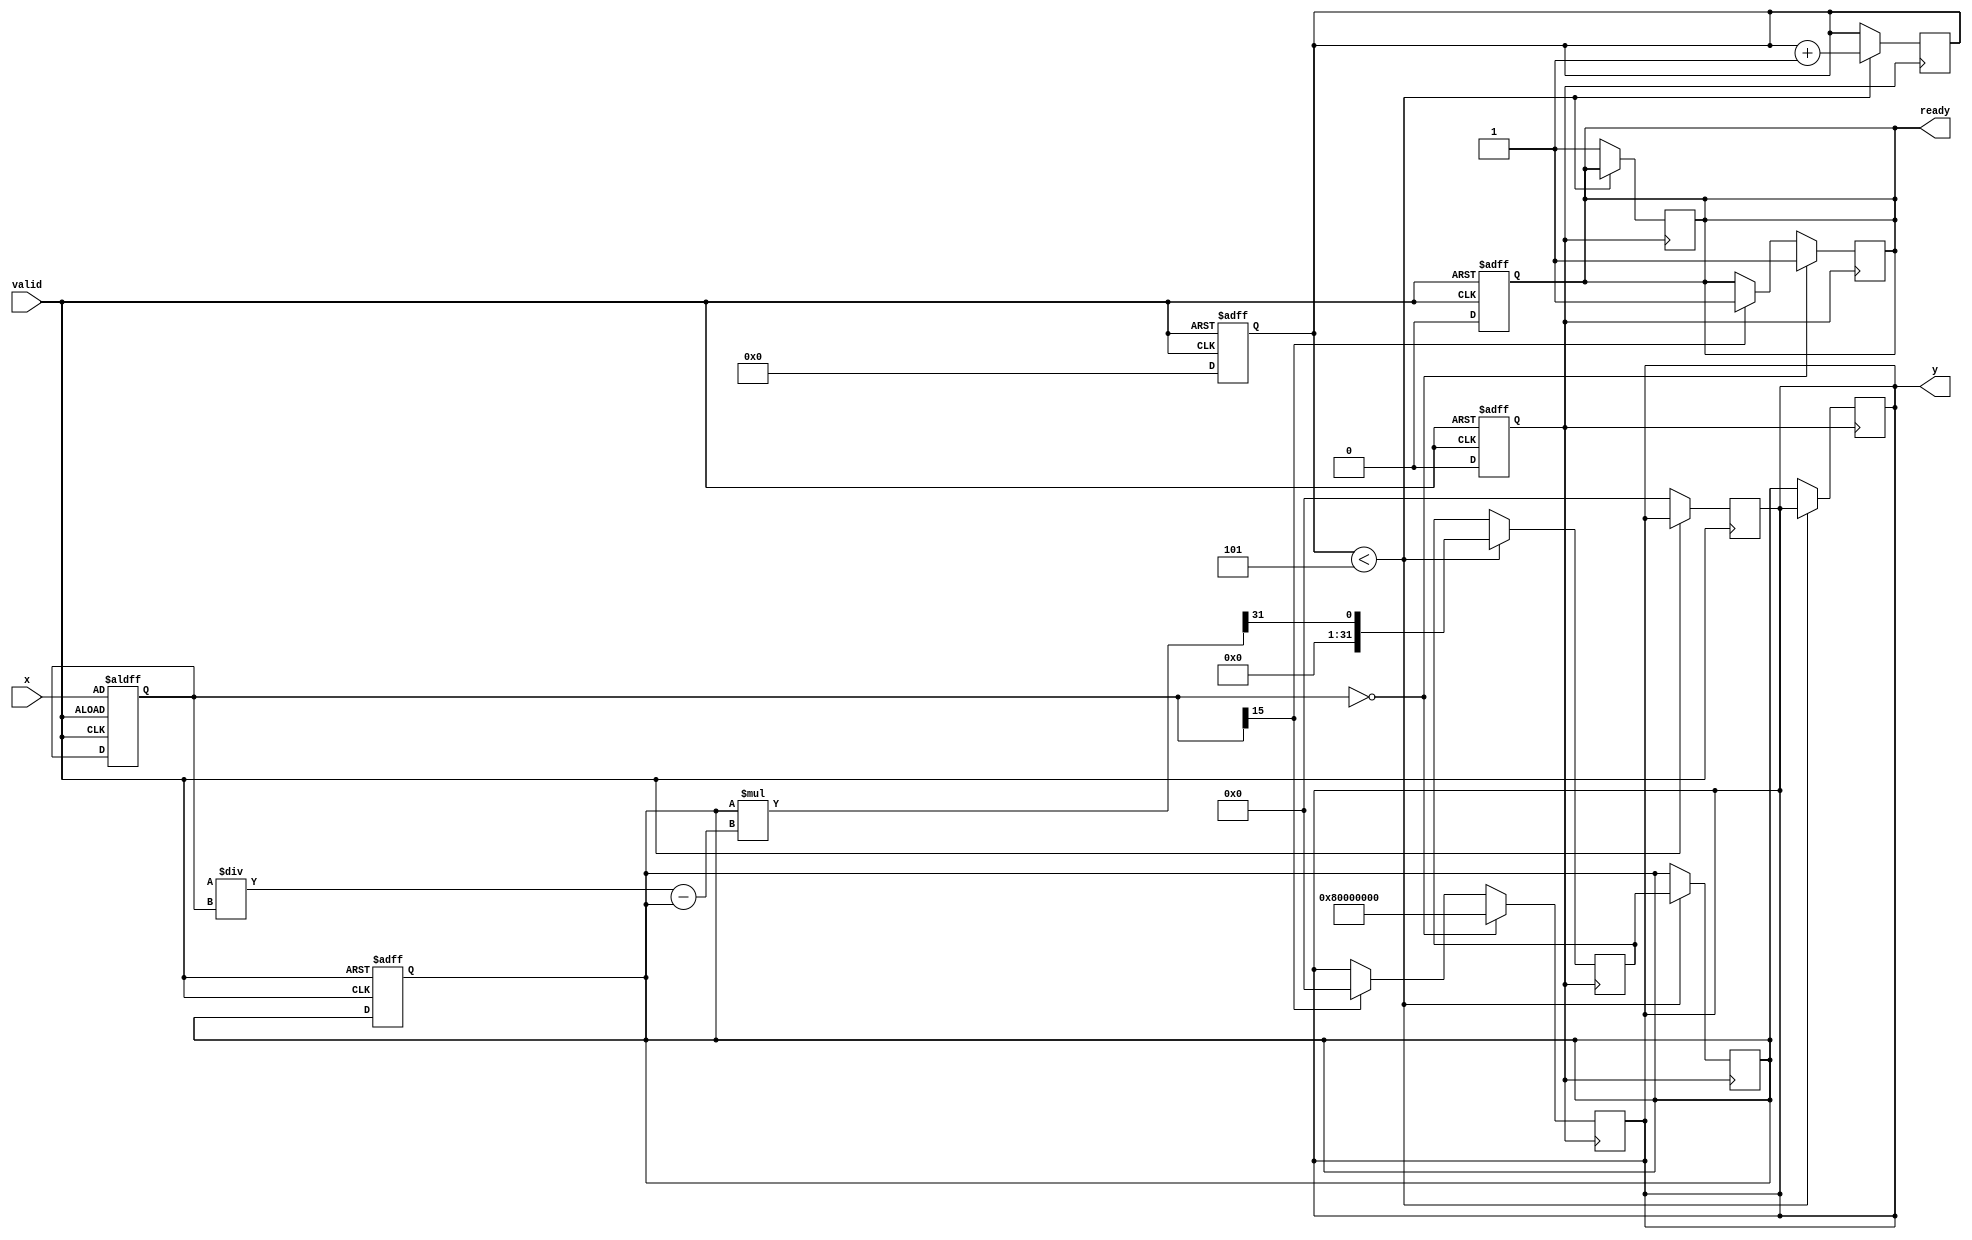
module FixedPointReciprocal #(
    parameter N = 16, // Input width
    parameter M = 32  // Output width
)(
    input wire [N-1:0] x,      // Fixed-point input value
    input wire valid,           // Valid signal
    output reg [M-1:0] y,      // Reciprocal output
    output reg ready            // Output ready signal
);

    // Internal parameters
    localparam MAX_ITER = 5;   // Maximum iterations for Newton-Raphson
    localparam SIGN_BIT = N-1;  // Sign bit position
    localparam FRACTIONAL_BITS = N-1; // Number of fractional bits in input

    // Internal signals
    reg [N-1:0] x_reg;
    reg [M-1:0] approx;         // Approximation of reciprocal
    reg [M-1:0] approx_next;    // Next approximation
    reg [3:0] iter_count;       // Iteration counter
    reg valid_reg;

    // State machine for processing
    always @(posedge valid or negedge valid) begin
        if (!valid) begin
            ready <= 0;
            y <= 0;
            iter_count <= 0;
            valid_reg <= 0;
        end else begin
            x_reg <= x;
            valid_reg <= 1;
            iter_count <= 0;
            approx <= (1 << (M-1)); // Initial approximation: 2^(M-1)
            ready <= 0; // Reset ready signal
        end
    end

    // Newton-Raphson iteration for reciprocal calculation
    always @(posedge valid_reg) begin
        if (iter_count < MAX_ITER) begin
            approx_next <= approx * (2**M / x_reg - approx) >> (M-1); // Newton-Raphson update
            approx <= approx_next;
            iter_count <= iter_count + 1;
        end else begin
            y <= approx;
            ready <= 1; // Indicate output is ready
        end
    end

    // Handling edge cases
    always @(posedge valid_reg) begin
        if (x_reg == 0) begin
            y <= {1'b1, {M-1{1'b0}}}; // Output max value for undefined operation
            ready <= 1;
        end else if (x_reg[SIGN_BIT]) begin
            y <= 0; // Handle negative input case (optional)
            ready <= 1;
        end
    end
endmodule